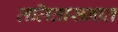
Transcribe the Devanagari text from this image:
ललितासनात